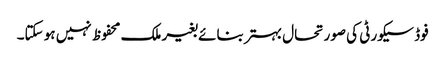
فوڈ سیکورٹی کی صورتحال بہتر بنائے بغیر ملک محفوظ نہیں ہو سکتا۔